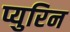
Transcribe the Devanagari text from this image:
प्युरिन